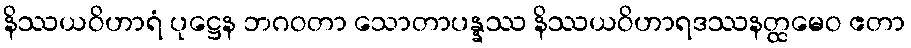
နိဿယဝိဟာရံ ပုဋ္ဌေန ဘဂဝတာ သောတာပန္နဿ နိဿယဝိဟာရဒဿနတ္ထမေဝ ဧတာ